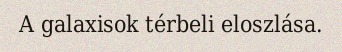
A galaxisok térbeli eloszlása.